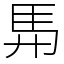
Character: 𮩴